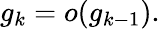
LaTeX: g_{k}=o(g_{k-1}).